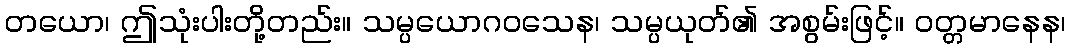
တယော၊ ဤသုံးပါးတို့တည်း။ သမ္ပယောဂဝသေန၊ သမ္ပယုတ်၏ အစွမ်းဖြင့်။ ဝတ္တမာနေန၊